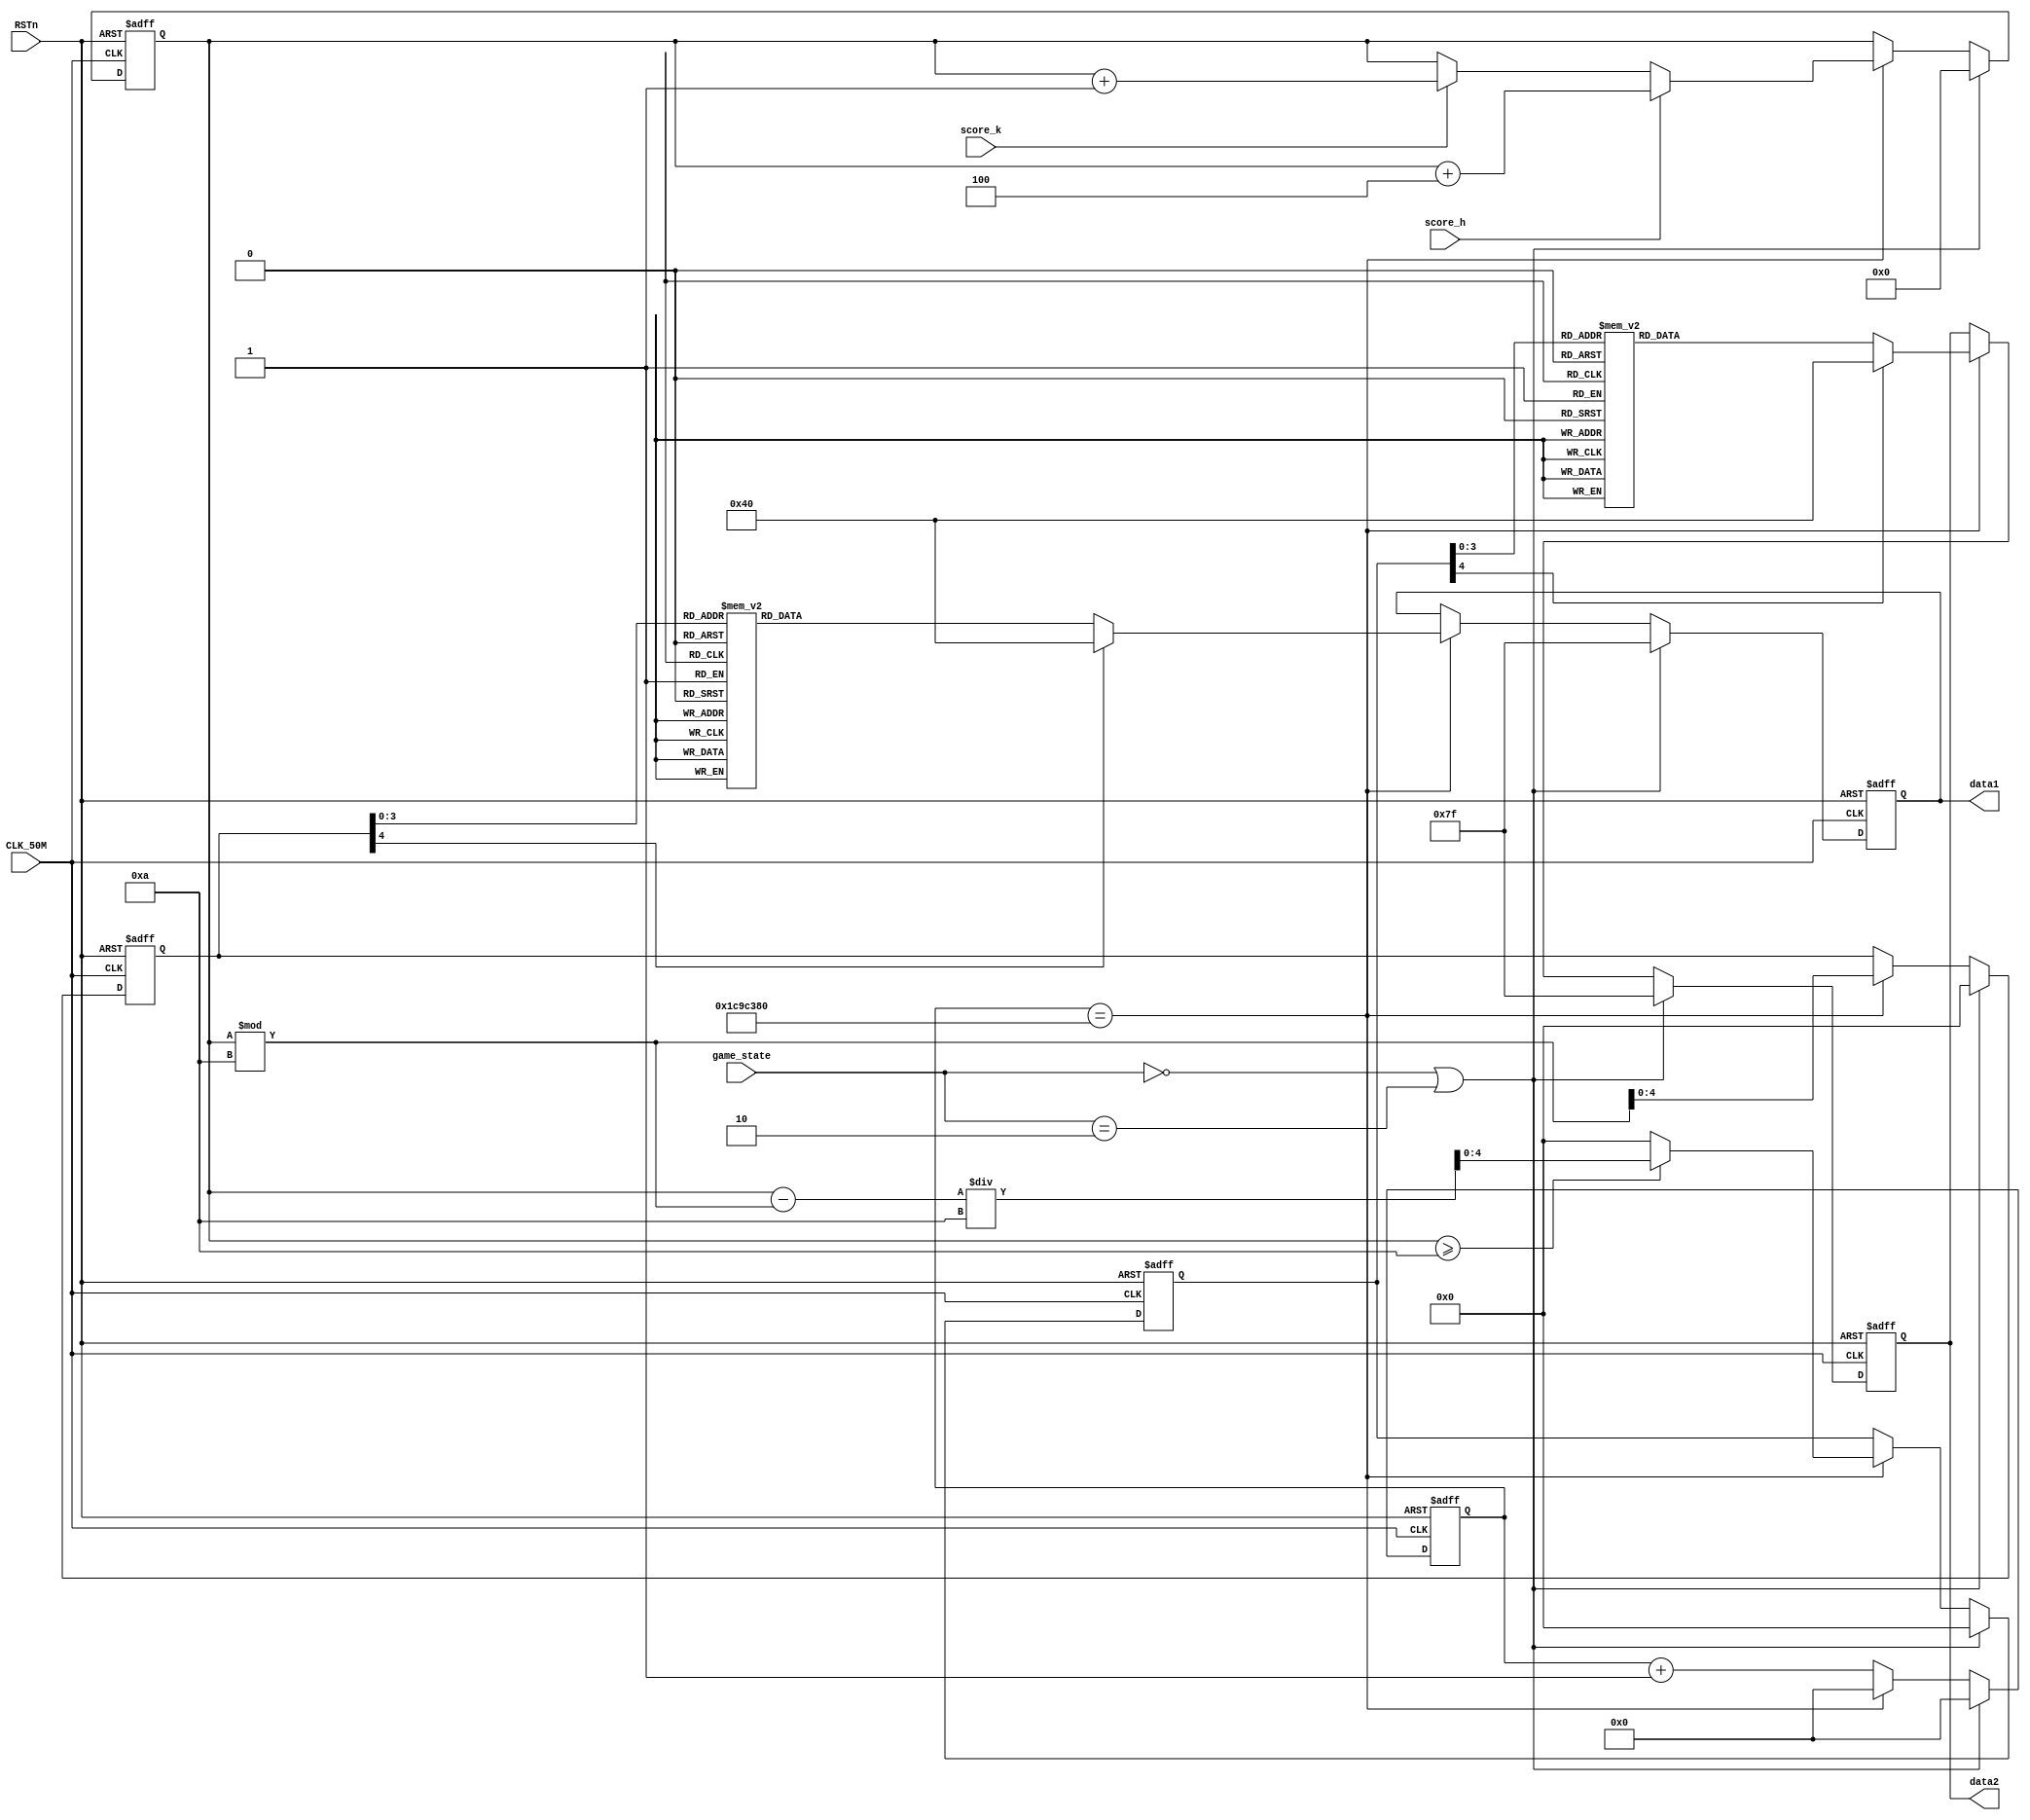
module Score_Disp
(
	input CLK_50M,
	input RSTn,
	input score_h,
	input score_k,
	//input btn_start,
	input [1:0] game_state,
	
	output reg [6:0] data1,
	output reg [6:0] data2
);

localparam STATE_OVER =  2'b10;
localparam STATE_START = 2'b00;

reg [4:0] units;
reg [4:0] tens;
reg [6:0] temp;
reg [31:0] clk_cnt;

//seg 0
always@(posedge CLK_50M or negedge RSTn)
begin
    if (!RSTn)    
		begin
		   clk_cnt <= 0;
			data1 <= 7'b1111111;
			data2 <= 7'b1111111;
			units <= 0;
			tens <= 0;
			temp <= 0;
		end
	else if(game_state == STATE_START || game_state == STATE_OVER)
		begin
		   clk_cnt <= 0;
			data1 <= 7'b1111111;
			data2 <= 7'b1111111;
			units <= 0;
			tens <= 0;
			temp <= 0;			
		end
	else
		begin
			clk_cnt <= clk_cnt + 1;
			if(clk_cnt == 32'd30_000_000)
			begin
				clk_cnt <= 0;
				if(score_k == 1)
					begin
						temp <= temp + 1;
					end
				if(score_h == 1)
					begin
						temp <= temp + 4;
					end
				units <= (temp % 10);
				if(temp >= 10)
					begin
						tens <= (temp - temp % 10) / 10;
					end
				else
					begin
						tens <= 0;
					end
			case(units)
			
				10'd0:	data1 <= 7'b1000000;    //0-  1-
				10'd1:	data1 <= 7'b1111001;
				10'd2:	data1 <= 7'b0100100;
				10'd3:	data1 <= 7'b0110000;
				10'd4:	data1 <= 7'b0011001;
				10'd5:	data1 <= 7'b0010010;
				10'd6:	data1 <= 7'b0000010;
				10'd7:	data1 <= 7'b1111000;
				10'd8:	data1 <= 7'b0000000;
				10'd9:	data1 <= 7'b0010000;
				default: data1 <= 7'b1000000;  //0
				
			endcase
			
			case(tens)
			
				10'd0:	data2 <= 7'b1000000;    //0-  1-
				10'd1:	data2 <= 7'b1111001;
				10'd2:	data2 <= 7'b0100100;
				10'd3:	data2 <= 7'b0110000;
				10'd4:	data2 <= 7'b0011001;
				10'd5:	data2 <= 7'b0010010;
				10'd6:	data2 <= 7'b0000010;
				10'd7:	data2 <= 7'b1111000;
				10'd8:	data2 <= 7'b0000000;
				10'd9:	data2 <= 7'b0010000;
				default: data2 <= 7'b1000000;  //0
				
			endcase
		end
	end
end


endmodule